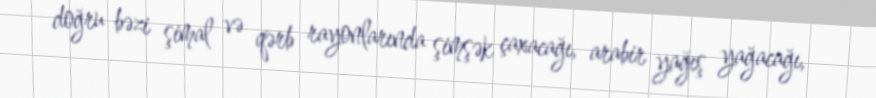
doğru bəzi şimal və qərb rayonlarında şimşək çaxacağı, arabir yağış yağacağı,